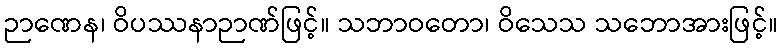
ဉာဏေန၊ ဝိပဿနာဉာဏ်ဖြင့်။ သဘာဝတော၊ ဝိသေသ သဘောအားဖြင့်။